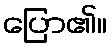
ပြော၏။